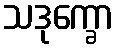
သဒုက္ခော